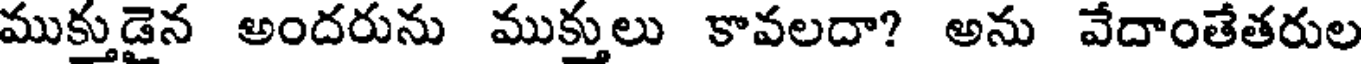
ముక్తుడైన అందరును ముక్తులు కావలదా? అను వేదాంతేతరుల